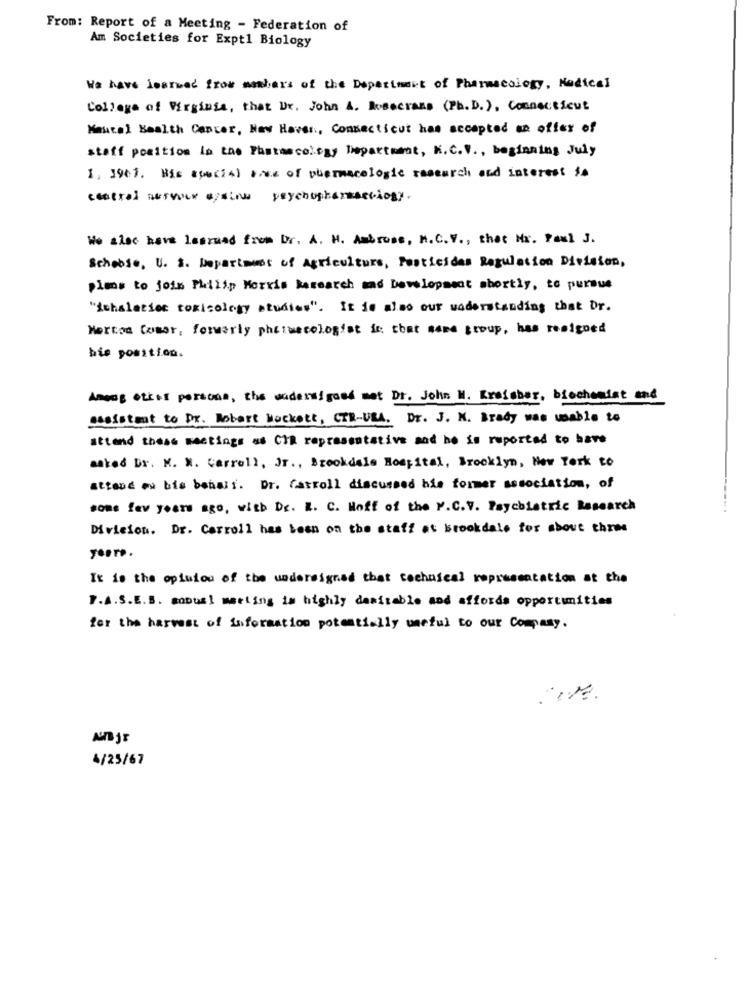
From: Report of a Meeting - Federation of
Am Societies for Expt1 Biology
We have learned from members of the Department of Pharmacology, Medical
College of Virginia, that Dr. John A. Rosecrans (Ph.D.), Connecticut
Mental Health Cancer, New Haven, Connecticut has accepted an offer of
staff position in the Pharmacology Department, K.C.V ., beginning July
1, 1961. His speci4) viws of pharmacologic research and interest to
central nervous againw psychopharmaethogy.
We also have learned from Dr. A. H. Ambross, M.C.V ., that Nr. Paul J.
Schobse, U. S. Department of Agriculture, Pesticides Regulation Division,
plans to join Philip Morris Research and Development shortly, to pursue
"Achalarier toxicology studies". It is also our understanding that Dr.
Merton Comor, formerly phtimecologist ic that wana group, has resigned
bis position.
Among etkis persone, the undersigned met Dr. John M. Krajaber, biochemist and
Resistant to Dr. Robert Mockett, CTE-USA. Dr. J. K. Brady was unable to
attend these meetings as CTR representative and he is reported to have
mated Dr. M. N. Carroll, Jr ., Brookdale Hospital, Brooklyn, New York to
attend on his behalf. Dr. Carroll discussed his former association, of
soms few years ago, with Dr. R. C. Woff of the V.C.V. Psychiatric Research
Division. Dr. Carroll has been on the staff at brookdale for about three
It is the opinion of the undersigned that technical representation at the
P.A.S.E.S. annual meeting is highly danitable and affords opportunities
for the harvest of information potentially uneful to our Company.
4/25/67